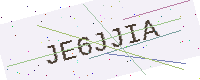
Text: JE6JJIA